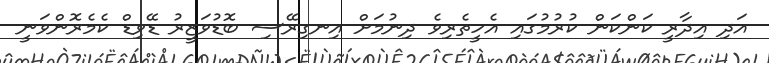
އަދި އިދާރީ ކަންކަން ކުރުމުގައި އެހީތެރިވެ ދިނުމަށް އިނގިރޭސި ބޮޑުވަޒީރު ޑޭވިޑް ކެމެރޮންވަނީ